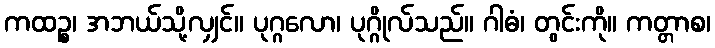
ကထဉ္စ၊ အဘယ်သို့လျှင်။ ပုဂ္ဂလော၊ ပုဂ္ဂိုလ်သည်။ ဂါဓံ၊ တွင်းကို။ ကတ္တာစ၊